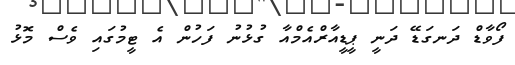
ފޯވާޑް ދަނގަޑޭ ދަނީ ޕީޑީއާރްއެމްއާ ގުޅުނު ފަހުން އެ ޓީމުގައި ވެސް މޮޅު